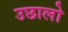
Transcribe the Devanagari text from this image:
उछालो